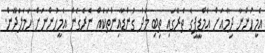
އެމީހުންނާ ދިމާއަށް އެމްޑީޕީގެ ތެރޭގައި ތިބި މަދު ގުންޑާއިންތަކެއް ނެރެގެން އެމީހުންނަށް ހަމަލަދޭން.